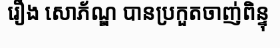
រឿង សោភ័ណ្ឌ បានប្រកួតចាញ់ពិន្ទុ